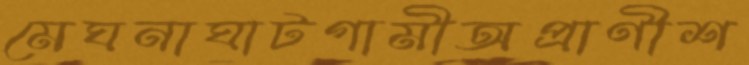
মেঘনাঘাটগামীঅপ্রাণীশ